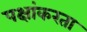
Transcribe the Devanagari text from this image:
पक्षांकरता